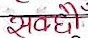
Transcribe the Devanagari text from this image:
सबैं हो